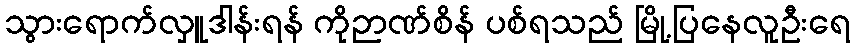
သွားရောက်လှူဒါန်းရန် ကိုဉာဏ်စိန် ပစ်ရသည် မြို့ပြနေလူဦးရေ